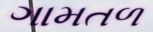
ગામતળ